Report of the Indian Hemp Drugs Commission, 1894-1895 - Volume I
Year: 1894
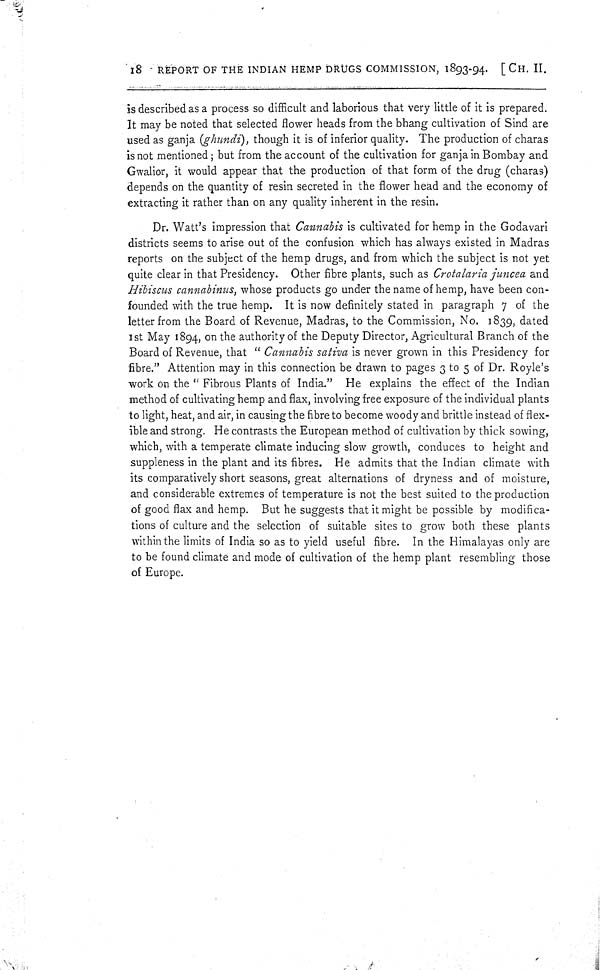
18 REPORT OF THE INDIAN HEMP DRUGS COMMISSION, 1893-94. [CH. II.
is described as a process so difficult and laborious that very little of it is prepared.
It may be noted that selected flower heads from the bhang cultivation of Sind are
used as ganja (ghundi), though it is of inferior quality. The production of charas
is not mentioned; but from the account of the cultivation for ganja in Bombay and
Gwalior, it would appear that the production of that form of the drug (charas)
depends on the quantity of resin secreted in the flower head and the economy of
extracting it rather than on any quality inherent in the resin.
Dr. Watt's impression that Cannabis is cultivated for hemp in the Godavari
districts seems to arise out of the confusion which has always existed in Madras
reports on the subject of the hemp drugs, and from which the subject is not yet
quite clear in that Presidency. Other fibre plants, such as Crotalaria juncea and
Hibiscus cannabinus, whose products go under the name of hemp, have been con-
founded with the true hemp. It is now definitely stated in paragraph 7 of the
letter from the Board of Revenue, Madras, to the Commission, No. 1839, dated
1st May 1894, on the authority of the Deputy Director, Agricultural Branch of the
Board of Revenue, that "Cannabis sativa is never grown in this Presidency for
fibre." Attention may in this connection be drawn to pages 3 to 5 of Dr. Royle's
work on the "Fibrous Plants of India." He explains the effect of the Indian
method of cultivating hemp and flax, involving free exposure of the individual plants
to light, heat, and air, in causing the fibre to become woody and brittle instead of flex-
ible and strong. He contrasts the European method of cultivation by thick sowing,
which, with a temperate climate inducing slow growth, conduces to height and
suppleness in the plant and its fibres. He admits that the Indian climate with
its comparatively short seasons, great alternations of dryness and of moisture,
and considerable extremes of temperature is not the best suited to the production
of good flax and hemp. But he suggests that it might be possible by modifica-
tions of culture and the selection of suitable sites to grow both these plants
within the limits of India so as to yield useful fibre. In the Himalayas only are
to be found climate and mode of cultivation of the hemp plant resembling those
of Europe.